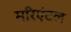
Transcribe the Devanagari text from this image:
मरिएंटल